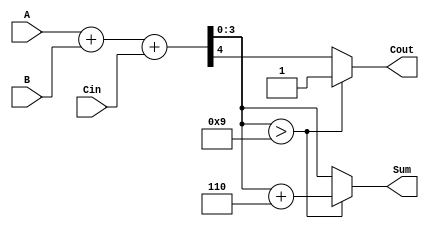
module BCD_Conditional_Adder (
    input  wire [3:0] A,      // First BCD digit
    input  wire [3:0] B,      // Second BCD digit
    input  wire Cin,          // Carry-in
    output reg  [3:0] Sum,    // BCD sum
    output reg  Cout          // Carry-out
);

    wire [4:0] S;             // 5-bit sum to accommodate carry
    wire correction_needed;    // Flag for correction

    // Step 1: Perform binary addition
    assign S = A + B + Cin;

    // Step 2: Check if correction is needed (if S > 9)
    assign correction_needed = S[3:0] > 4'b1001;

    // Step 3: BCD Correction Logic
    always @(*) begin
        if (correction_needed) begin
            Sum = S[3:0] + 4'b0110; // Add 6 to correct the BCD
            Cout = 1;               // Set carry-out
        end else begin
            Sum = S[3:0];           // No correction needed
            Cout = S[4];           // Carry-out is the fifth bit
        end
    end

endmodule